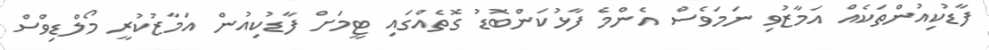
ފާޑުކިއުންތަކެއް އަމާޒުވި ނަމަވެސް އެންމެ ފާޅުކަންބޮޑު ގޮތެއްގައި ޓީމަށް ފާޑުކިއުން އަމާޒުކުރީ މޯލްޑިވްސް